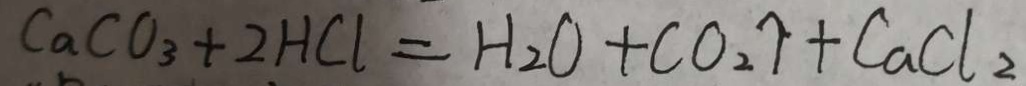
C a C O _ { 3 } + 2 H C l = H _ { 2 } O + C O _ { 2 } \uparrow + C a C l _ { 2 }